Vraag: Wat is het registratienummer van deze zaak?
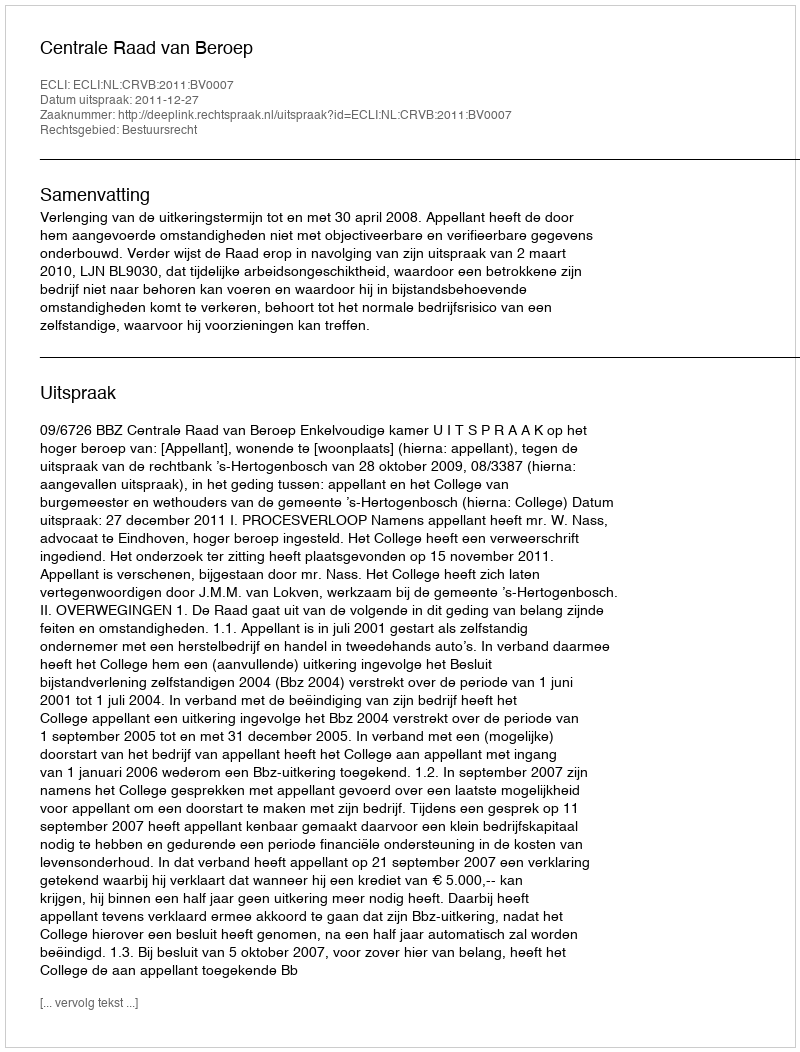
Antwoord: http://deeplink.rechtspraak.nl/uitspraak?id=ECLI:NL:CRVB:2011:BV0007